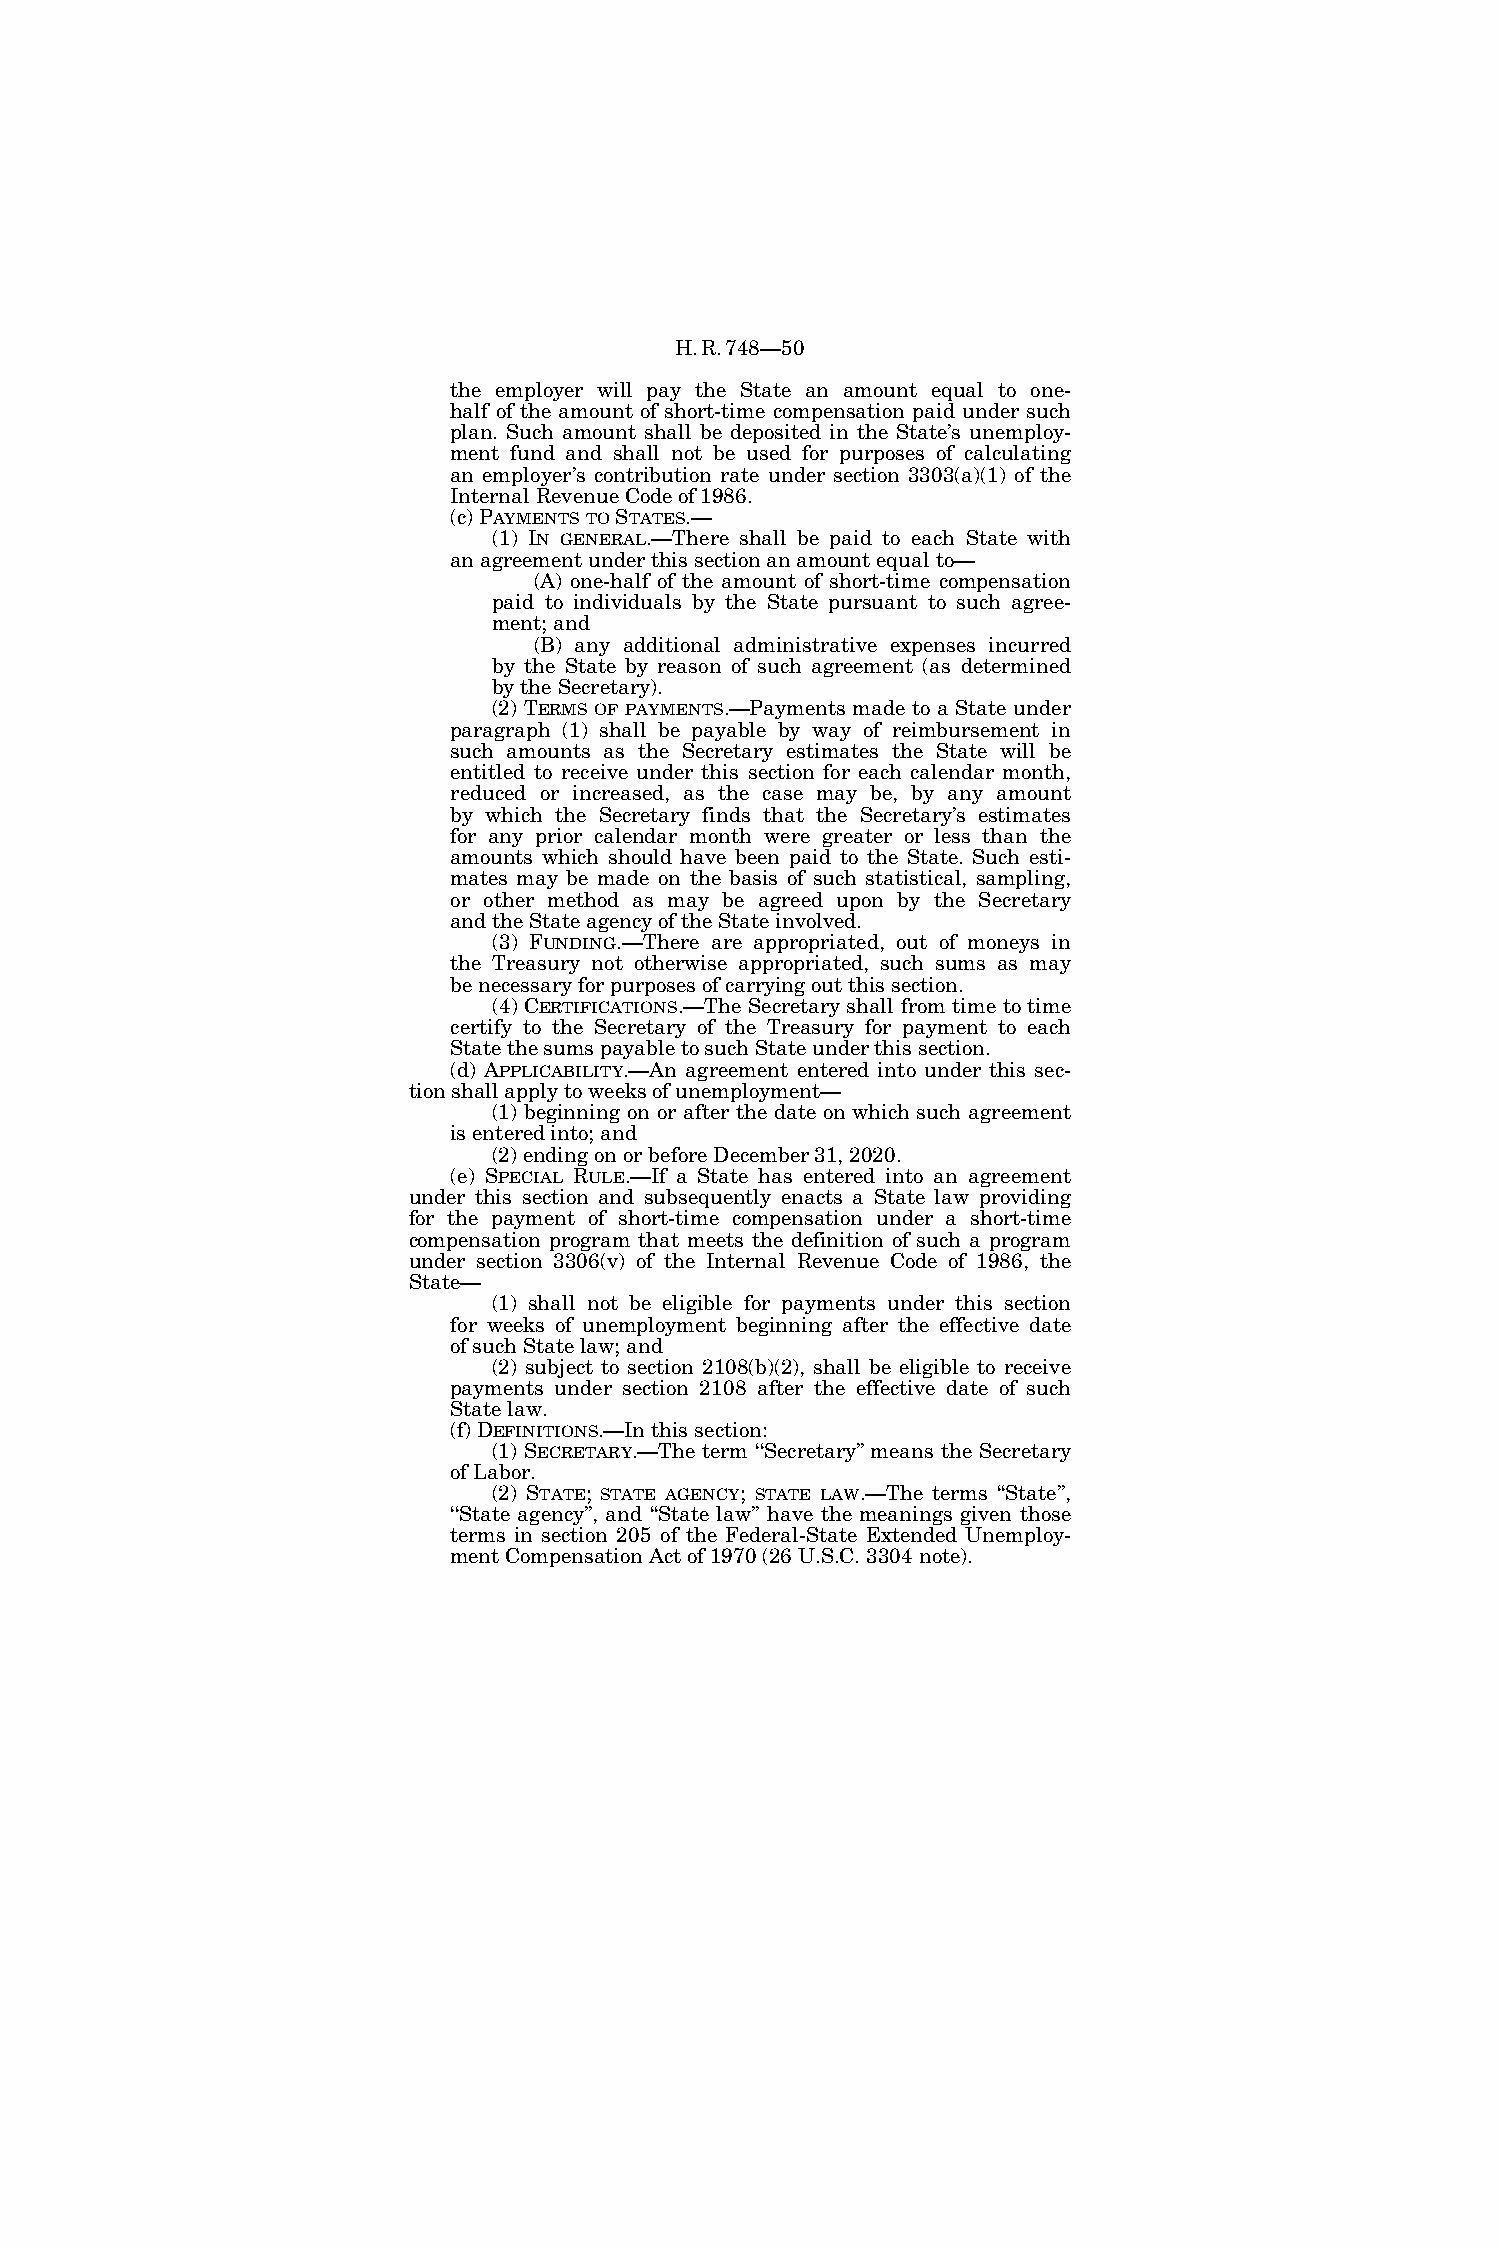
H.R.748—50
 the employer will pay the State an amount equal to one-
 half of the amount of short-time compensation paid under such
 plan. Such amount shall be deposited in the State’s unemploy-
 ment fund and shall not be used for purposes of calculating
 an employer’s contribution rate under section 3303(a)(1) of the
 Internal Revenue Code of 1986.
 (c) PAYMENTSTOSTATES.—
 (1) IN GENERAL.—There shall be paid to each State with
 an agreement under this section an amount equal to—
 (A) one-half of the amount of short-time compensation
 paid to individuals by the State pursuant to such agree-
 ment; and
 (B) any additional administrative expenses incurred
 by the State by reason of such agreement (as determined
 by the Secretary).
 (2) TERMS OF PAYMENTS.—Payments made to a State under
 paragraph (1) shall be payable by way of reimbursement in
 such amounts as the Secretary estimates the State will be
 entitled to receive under this section for each calendar month,
 reduced or increased, as the case may be, by any amount
 by which the Secretary finds that the Secretary’s estimates
 for any prior calendar month were greater or less than the
 amounts which should have been paid to the State. Such esti-
 mates may be made on the basis of such statistical, sampling,
 or other method as may be agreed upon by the Secretary
 and the State agency of the State involved.
 (3) FUNDING.—There are appropriated, out of moneys in
 the Treasury not otherwise appropriated, such sums as may
 be necessary for purposes of carrying out this section.
 (4) CERTIFICATIONS.—The Secretary shall from time to time
 certify to the Secretary of the Treasury for payment to each
 State the sums payable to such State under this section.
 (d) APPLICABILITY.—An agreement entered into under this sec-
 tion shall apply to weeks of unemployment—
 (1) beginning on or after the date on which such agreement
 is entered into; and
 (2) ending on or before December 31, 2020.
 (e) SPECIAL RULE.—If a State has entered into an agreement
 under this section and subsequently enacts a State law providing
 for the payment of short-time compensation under a short-time
 compensation program that meets the definition of such a program
 under section 3306(v) of the Internal Revenue Code of 1986, the
 State—
 (1) shall not be eligible for payments under this section
 for weeks of unemployment beginning after the effective date
 of such State law; and
 (2) subject to section 2108(b)(2), shall be eligible to receive
 payments under section 2108 after the effective date of such
 State law.
 (f) DEFINITIONS.—In this section:
 (1) SECRETARY.—The term ‘‘Secretary’’ means the Secretary
 of Labor.
 (2) STATE; STATE AGENCY; STATE LAW.—The terms ‘‘State’’,
 ‘‘State agency’’, and ‘‘State law’’ have the meanings given those
 terms in section 205 of the Federal-State Extended Unemploy-
 ment Compensation Act of 1970 (26 U.S.C. 3304 note).